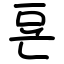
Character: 䜳